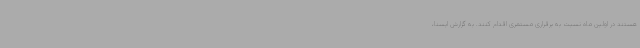
هستند در اولین ماه نسبت به برقراری مستمری اقدام کنند. به گزارش ایسنا،